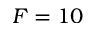
F = 1 0